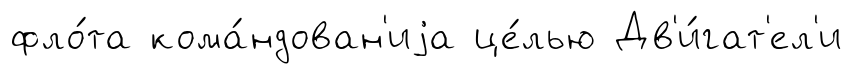
фло́та кома́ндован'иjа це́лью Дв'и́гат'ел'и